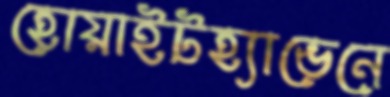
হোয়াইটহ্যাভেনে